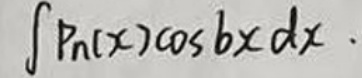
$\int P _ { n } ( x ) \cos b x d x$